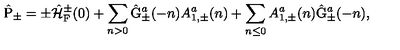
\hat { \mathrm { P } } _ { \pm } = \pm \hat { \cal H } _ { \mathrm { F } } ^ { \pm } ( 0 ) + \sum _ { n > 0 } \hat { \mathrm { G } } _ { \pm } ^ { a } ( - n ) { A } _ { 1 , \pm } ^ { a } ( n ) + \sum _ { n \leq 0 } { A } _ { 1 , \pm } ^ { a } ( n ) \hat { \mathrm { G } } _ { \pm } ^ { a } ( - n ) ,